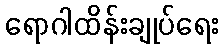
ရောဂါထိန်းချုပ်ရေး